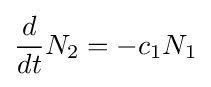
{\frac {d}{dt}}N_{2}=-c_{1}N_{1}